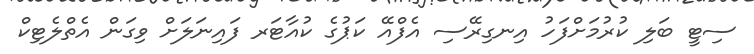
ސިޓީ ބަލި ކުރުމަށްފަހު އިނގިރޭސި އެފްއޭ ކަޕުގެ ކުއާޓަރ ފައިނަލަށް ވިގަން އެތްލެޓިކް